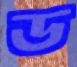
ড